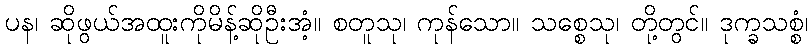
ပန၊ ဆိုဖွယ်အထူးကိုမိန့်ဆိုဦးအံ့။ စတူသု၊ ကုန်သော။ သစ္စေသု၊ တို့တွင်။ ဒုက္ခသစ္စံ၊